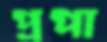
প্রপা